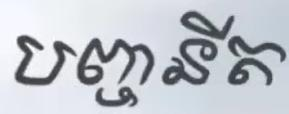
បញ្ចនីត